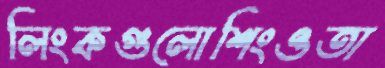
লিংকগুলোশিংওতা